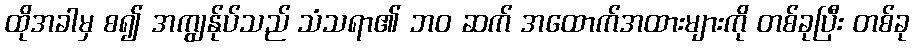
ထိုအခါမှ စ၍ အကျွန်ုပ်သည် သံသရာ၏ ဘဝ ဆက် အထောက်အထားများကို တစ်ခုပြီး တစ်ခု